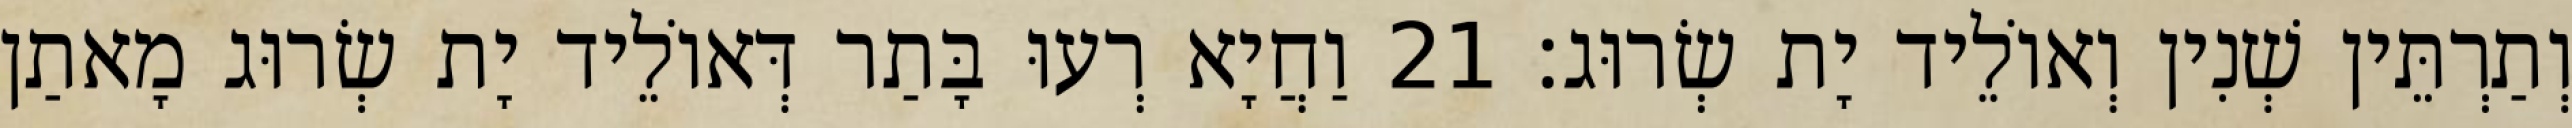
וְתַרְתֵּין שְׁנִין וְאוֹלֵיד יָת שְׂרוּג׃ 21 וַחֲיָא רְעוּ בָּתַר דְּאוֹלֵיד יָת שְׂרוּג מָאתַן